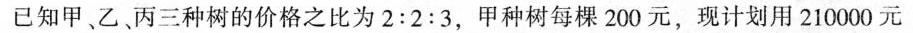
已知甲乙。丙三种树的价格之比为$$2 : 2 : 3$$，甲种树每棵200元，现计划用210000元